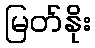
မြတ်နိုး